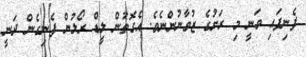
ފެނިފައި ވަނީ މި ރަށުގެ ޒުވާނުންނެވެ. އެގޮތުން ލީޑް ރޯލުން ފެނިގެން ދަނީ